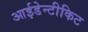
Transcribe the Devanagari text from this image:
आईडेन्टीकिट